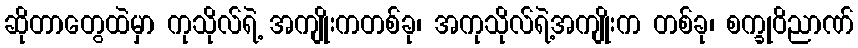
ဆိုတာတွေထဲမှာ ကုသိုလ်ရဲ့ အကျိုးကတစ်ခု၊ အကုသိုလ်ရဲ့အကျိုးက တစ်ခု၊ စက္ခုဝိညာဏ်